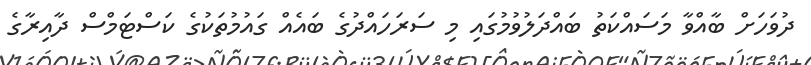
ދުވަހަށް ބާއްވާ މަސައްކަތު ބައްދަލުވުމުގައި މި ސަރަހައްދުގެ ބައެއް ގައުމުތަކުގެ ކަސްޓަމްސް ދާއިރާގެ